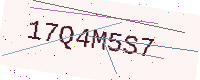
Text: 17Q4M5S7